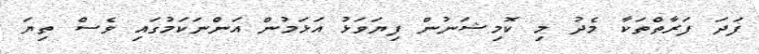
ފަދަ ފަރާތްތަކާ މެދު މި ކޮމިޝަނުން ފިޔަވަޅު އަޅަމުން އަންނަކަމުގައި ވެސް ތިޔަ